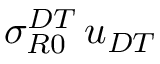
\sigma _ { R 0 } ^ { D T } \, u _ { D T }